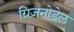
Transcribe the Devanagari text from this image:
ग्रिज़नोडेल